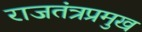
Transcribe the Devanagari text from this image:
राजतंत्रप्रमुख